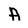
Character: A